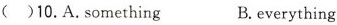
( )10.A.Something B. Everything